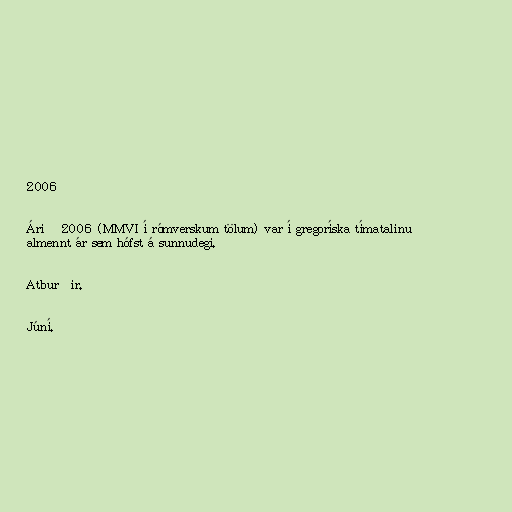
2006

Árið 2006 (MMVI í rómverskum tölum) var í gregoríska tímatalinu
almennt ár sem hófst á sunnudegi.

Atburðir.

Júní.